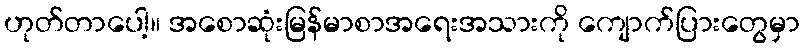
ဟုတ်တာပေါ့။ အစောဆုံးမြန်မာစာအရေးအသားကို ကျောက်ပြားတွေမှာ